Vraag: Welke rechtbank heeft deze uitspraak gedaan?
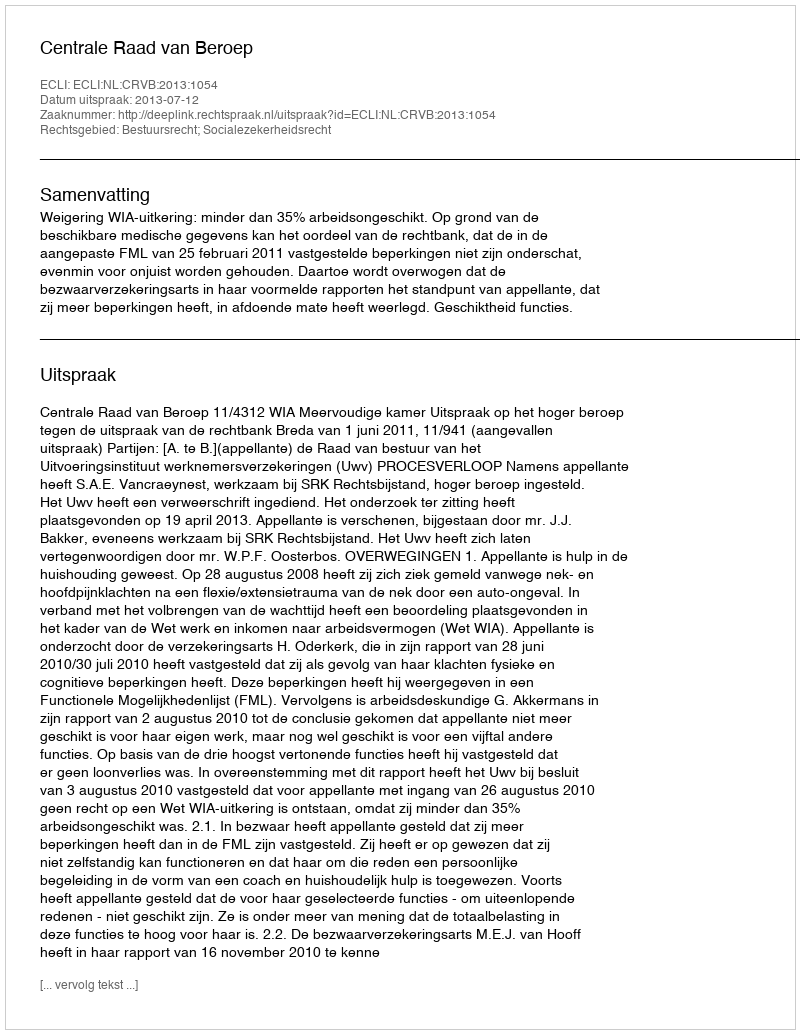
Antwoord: Centrale Raad van Beroep